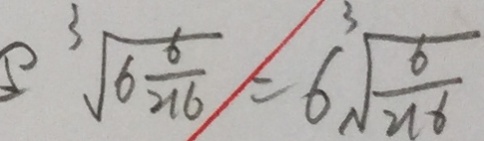
\sqrt [ 3 ] { 6 \frac { 6 } { 2 1 6 } } = 6 ^ { 3 } \sqrt { \frac { 6 } { 2 1 6 } }